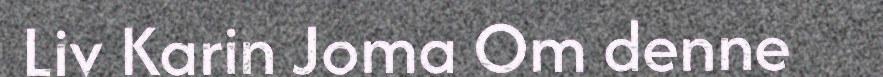
Liv Karin Joma Om denne